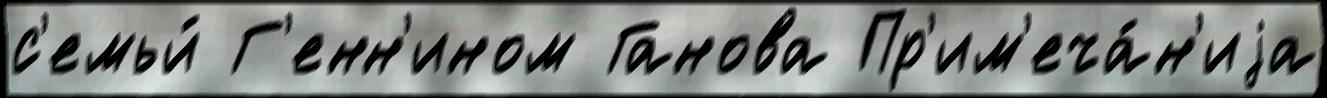
с'емьи́ Г'енн'ином Ганова Пр'им'еча́н'иjа